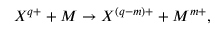
X ^ { q + } + M \rightarrow X ^ { ( q - m ) + } + M ^ { m + } ,